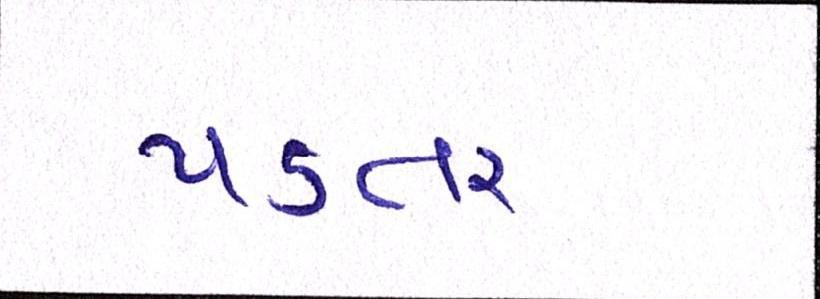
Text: પડતર